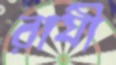
রাযী